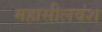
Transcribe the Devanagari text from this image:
महासीलवंश